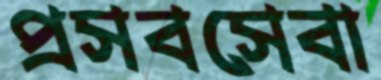
প্রসবসেবা